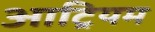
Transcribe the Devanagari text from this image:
आट्रियम